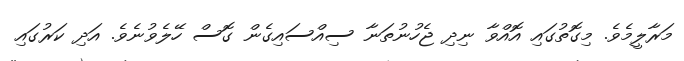
މަރާލީމެވެ. މިގޮތުގައި އޮއްވާ ނިދި ޖެހުނުތަނާ ސިއްސައިގެން ގޮސް ހޭލެވުނެވެ. އަދި ކަރުގައި